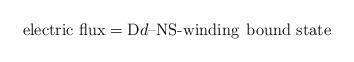
LaTeX: \begin{align*}\mbox{electric flux} = {\rm D}d\mbox{--NS-winding} \;\,\mbox{bound state}\end{align*}